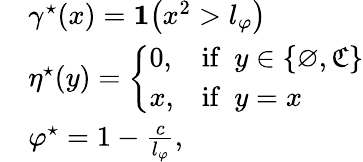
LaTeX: \begin{array}{rl}&{\gamma^{\star}(x)=\mathbf{1}\big(x^{2}>l_{\varphi}\big)}\\ &{\eta^{\star}(y)=\left\{ \begin{array}{ll}{0,}&{\mathrm{if}\ \ y\in\{ \varnothing,\mathfrak{C}\} }\\ {x,}&{\mathrm{if}\ \ y=x}\end{array}\right.}\\ &{\varphi^{\star}=1-\frac{c}{l_{\varphi}},}\end{array}